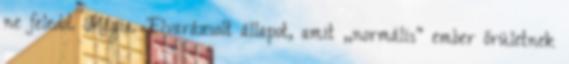
ne feledd. Mágia. Elvarázsolt állapot, amit ,,normális" ember őrületnek